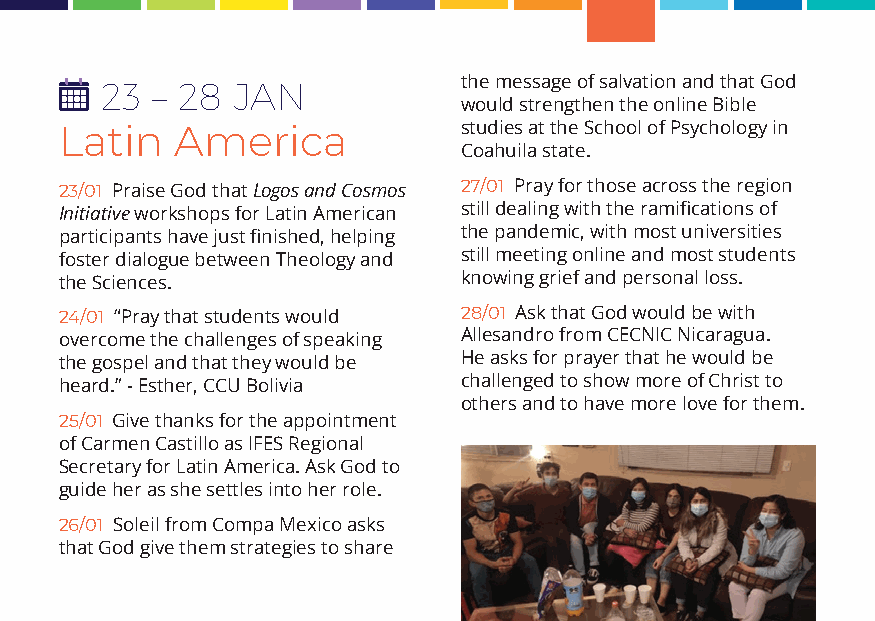
23 – 28 JAN            the message of salvation and that God
 would strengthen the online Bible
 Latin   America           studies at the School of Psychology in
 Coahuila state.
 23/01 Praise God that Logos and Cosmos 27/01 Pray for those across the region
 Initiative workshops for Latin American still dealing with the ramifications of
 participants have just finished, helping the pandemic, with most universities
 foster dialogue between Theology and still meeting online and most students
 the Sciences.             knowing grief and personal loss.
 24/01 “Pray that students would 28/01 Ask that God would be with
 overcome the challenges of speaking Allesandro from CECNIC Nicaragua.
 the gospel and that they would be He asks for prayer that he would be
 heard.” - Esther, CCU Bolivia challenged to show more of Christ to
 others and to have more love for them.
 25/01 Give thanks for the appointment
 of Carmen Castillo as IFES Regional
 Secretary for Latin America. Ask God to
 guide her as she settles into her role.
 26/01 Soleil from Compa Mexico asks
 that God give them strategies to share